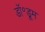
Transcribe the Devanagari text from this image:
डॉ॰डूम